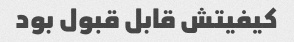
کیفیتش قابل قبول بود